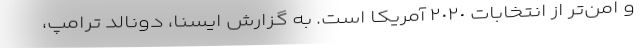
و امن‌تر از انتخابات ٢٠٢٠ آمریکا است. به گزارش ایسنا، دونالد ترامپ،